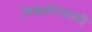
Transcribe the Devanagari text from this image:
विश्वकोशातही